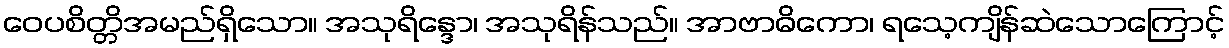
ဝေပစိတ္တိအမည်ရှိသော။ အသုရိန္ဒော၊ အသုရိန်သည်။ အာဗာဓိကော၊ ရသေ့ကျိန်ဆဲသောကြောင့်